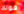
قولك